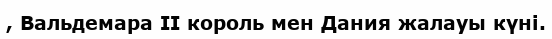
, Вальдемара II король мен Дания жалауы күні.